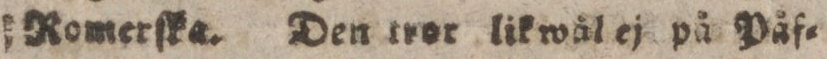
Romerſka. Den tror likwål ej på Påf=